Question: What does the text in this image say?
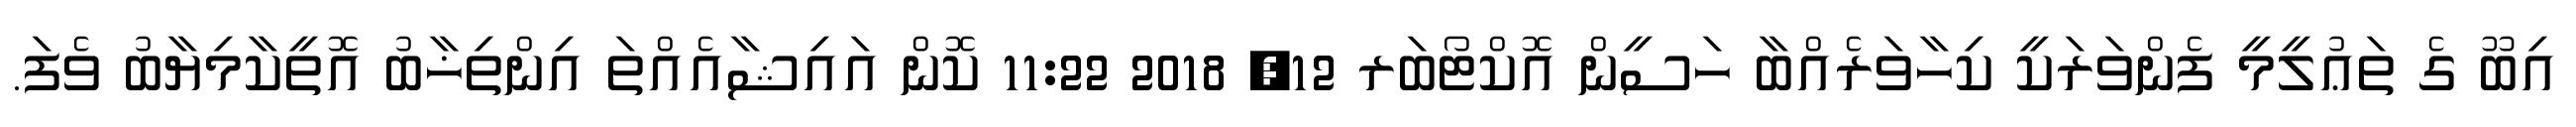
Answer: އިބޫ ގެ ތަޢުލީމީ ފެންވަރަކީ ކިހާވަރެއްބާ ހަސީން އޮކްޓޯބަރ 12, 2018 11:22 ކޮން އައިޝާއެއްތަ އިންތިޚާބު އޮތީކާމިޔާބު ވެފަ.